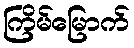
ကြိမ်မြောက်